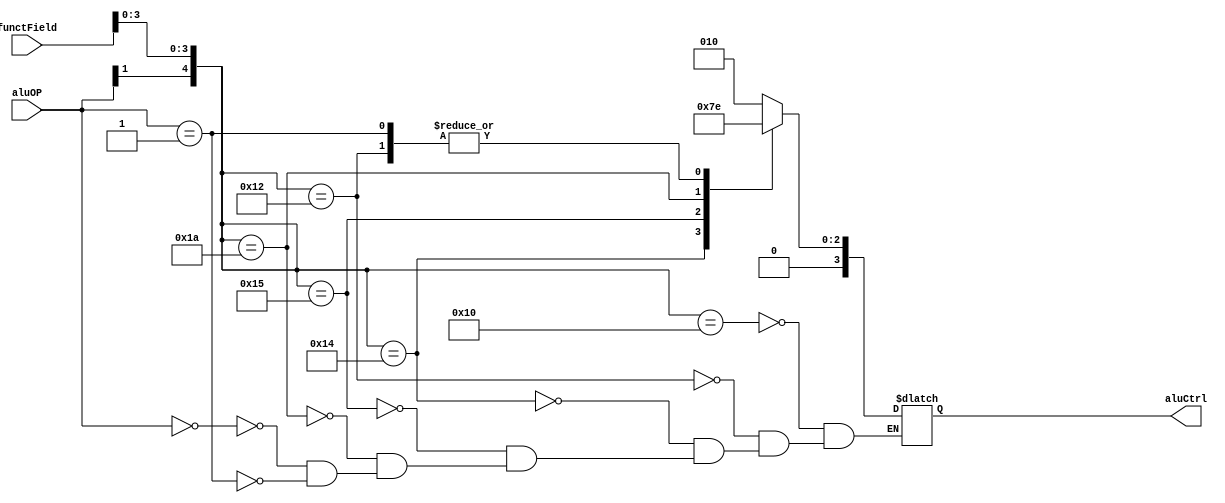
module alu_control
(
    input [1:0] aluOP,
    input [5:0] functField,
    output reg [3:0] aluCtrl
);

    always @(aluOP or functField)begin
        casex({aluOP, functField})
            8'b1x_xx0000: aluCtrl = 4'b0010;        // add 
            8'b1x_xx0010: aluCtrl = 4'b0110;        // sub
            8'b1x_xx0100: aluCtrl = 4'b0000;        // and
            8'b1x_xx0101: aluCtrl = 4'b0001;        // or
            8'b1x_xx1010: aluCtrl = 4'b0111;        // slt
            8'b00_xxxxxx: aluCtrl = 4'b0010;        // lw and sw
            8'b01_xxxxxx: aluCtrl = 4'b0110;        //beq
        endcase
    end

endmodule